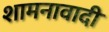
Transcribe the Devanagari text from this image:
शामनावादी